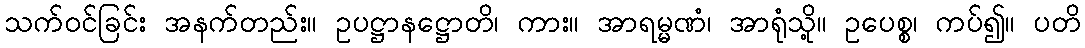
သက်ဝင်ခြင်း အနက်တည်း။ ဥပဋ္ဌာနဋ္ဌောတိ၊ ကား။ အာရမ္မဏံ၊ အာရုံသို့။ ဥပေစ္စ၊ ကပ်၍။ ပတိ